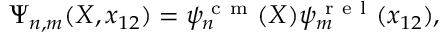
\begin{array} { r } { \Psi _ { n , m } ( X , x _ { 1 2 } ) = \psi _ { n } ^ { \mathrm { ~ c ~ m ~ } } ( X ) \psi _ { m } ^ { \mathrm { ~ r ~ e ~ l ~ } } ( x _ { 1 2 } ) , } \end{array}